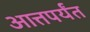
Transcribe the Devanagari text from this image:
आत्तपर्यंत